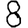
Digit: 8